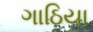
ગાઠિયા